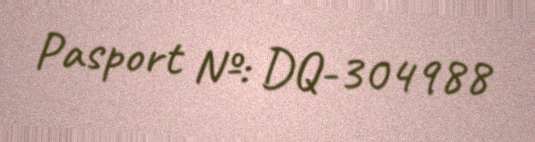
Pasport №: DQ-304988